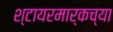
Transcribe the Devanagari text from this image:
श्टायरमार्कच्या